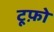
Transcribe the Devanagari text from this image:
टूफ़ो